65_HS1-834228961_62-HQ-83894_SUB_A
Agency: FBI
Page 75
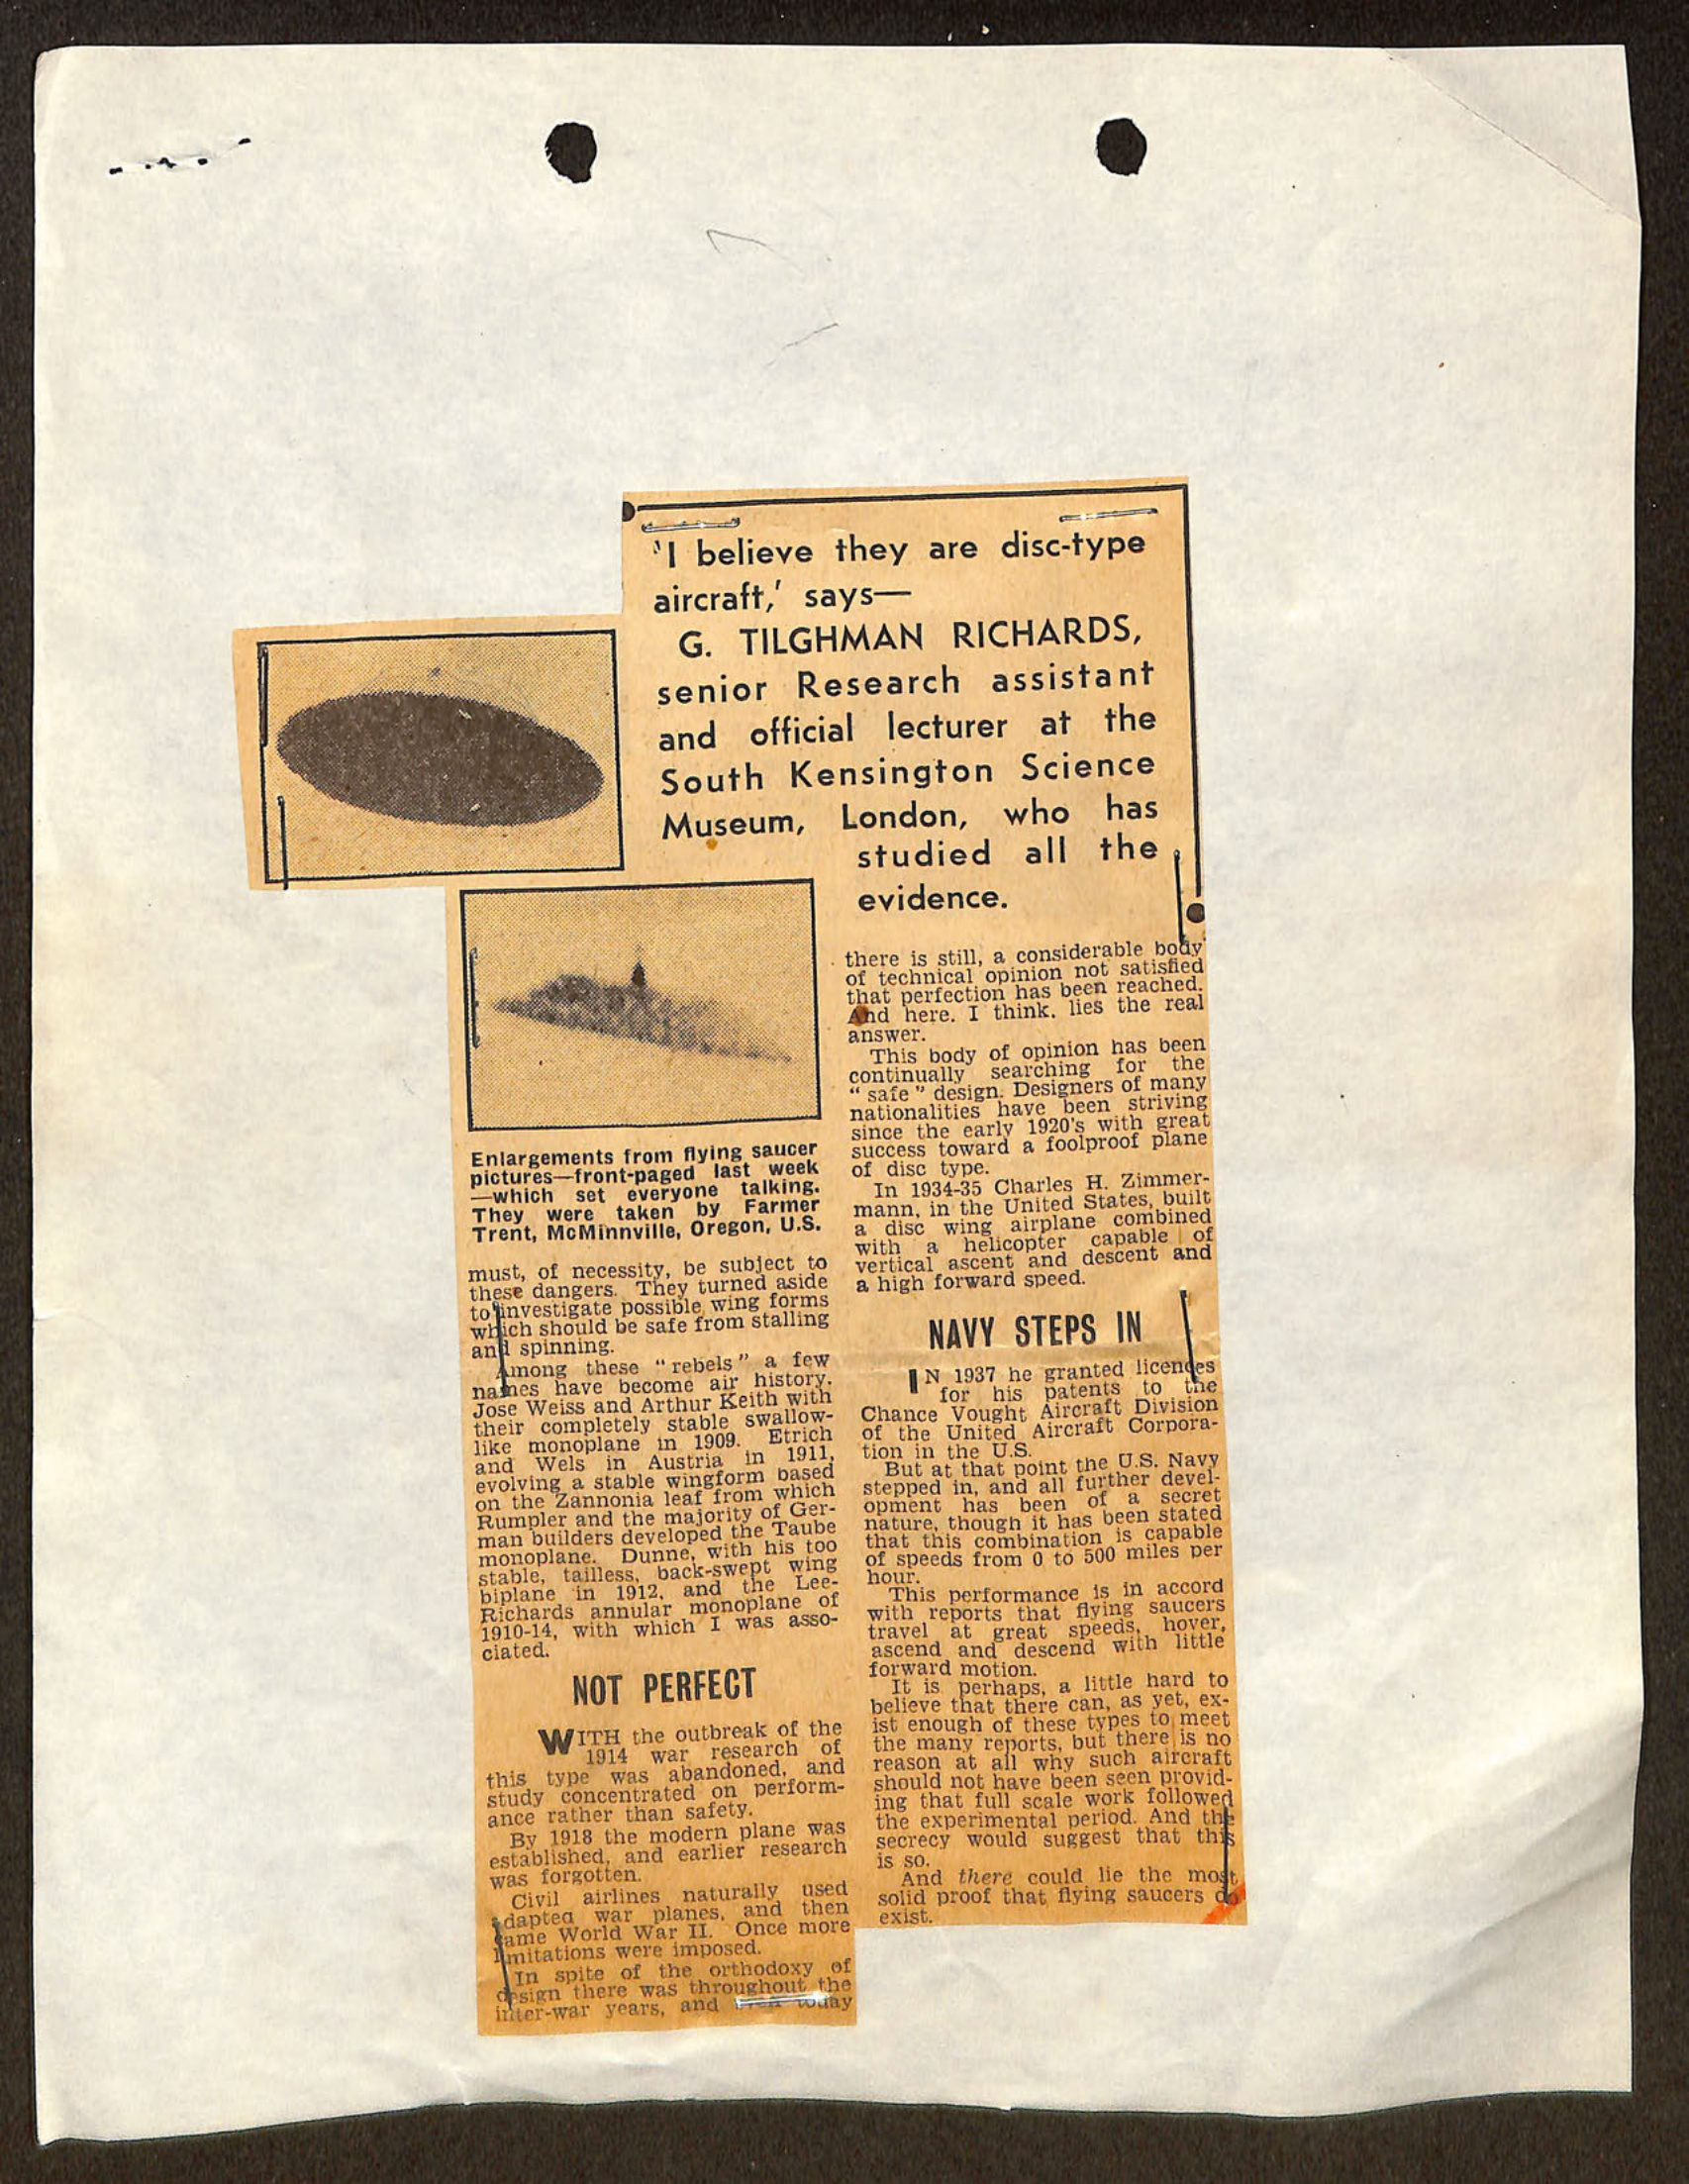